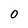
Character: 0